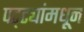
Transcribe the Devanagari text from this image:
पट्ट्यांमधून